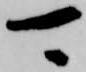
可